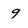
Character: 9